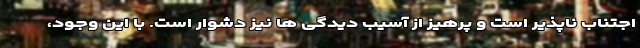
اجتناب ناپذیر است و پرهیز از آسیب دیدگی ها نیز دشوار است. با این وجود،